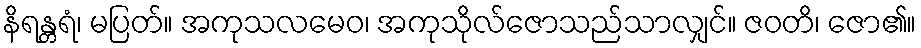
နိရန္တရံ၊ မပြတ်။ အကုသလမေဝ၊ အကုသိုလ်ဇောသည်သာလျှင်။ ဇဝတိ၊ ဇော၏။